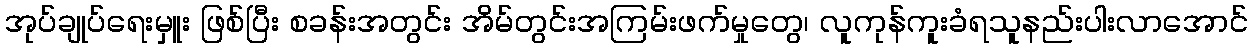
အုပ်ချုပ်ရေးမှူး ဖြစ်ပြီး စခန်းအတွင်း အိမ်တွင်းအကြမ်းဖက်မှုတွေ၊ လူကုန်ကူးခံရသူနည်းပါးလာအောင်